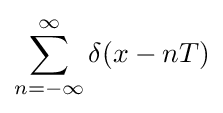
\sum _{n=-\infty }^{\infty }\delta (x-nT)